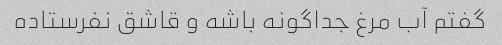
گفتم آب مرغ جداگونه باشه و قاشق نفرستاده